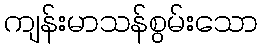
ကျန်းမာသန်စွမ်းသော